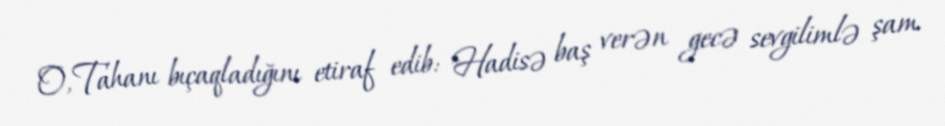
O, Tahanı bıçaqladığını etiraf edib: "Hadisə baş verən gecə sevgilimlə şam